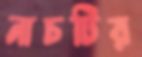
নাচটির